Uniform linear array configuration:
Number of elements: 32
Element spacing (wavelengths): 0.5
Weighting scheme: cosine
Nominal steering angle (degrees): -45
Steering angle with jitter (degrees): -44.89
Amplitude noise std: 0.05
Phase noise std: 0.05

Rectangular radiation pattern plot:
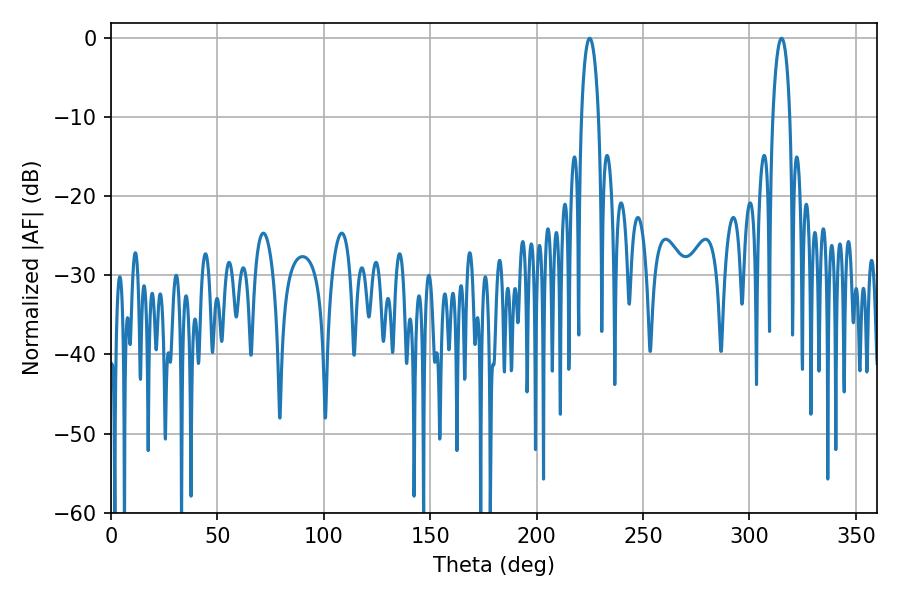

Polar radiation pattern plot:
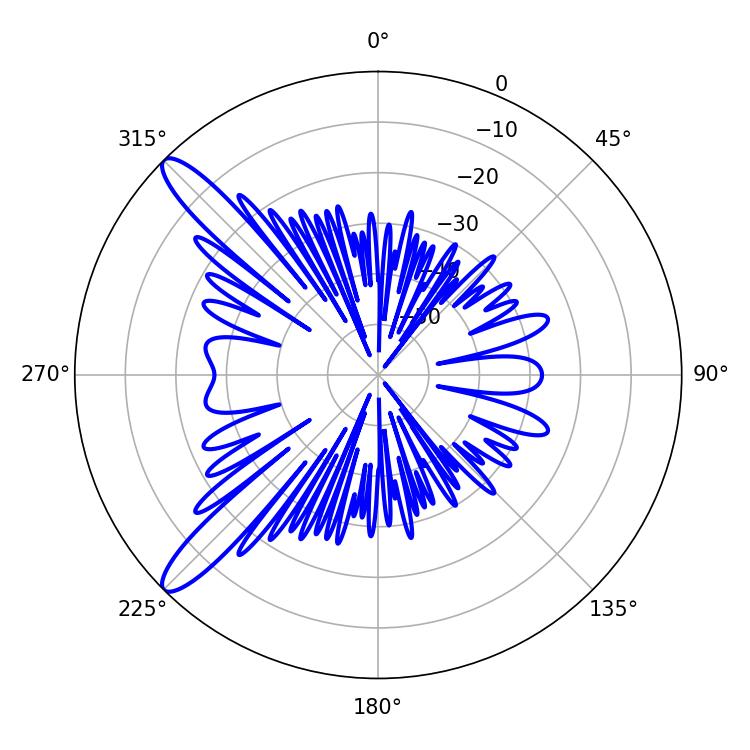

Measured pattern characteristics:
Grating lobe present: FALSE
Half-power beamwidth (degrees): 4.5
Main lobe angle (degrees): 225